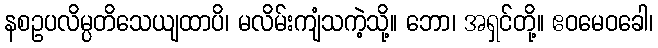
နစဥပလိမ္ပတိသေယျထာပိ၊ မလိမ်းကျံသကဲ့သို့။ ဘော၊ အရှင်တို့။ ဧဝမေဝခေါ၊